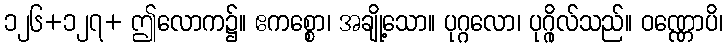
၁၂၆+၁၂၇+ ဤလောက၌။ ဧကစ္စော၊ အချို့သော။ ပုဂ္ဂလော၊ ပုဂ္ဂိုလ်သည်။ ဝဏ္ဏောပိ၊